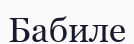
Бабиле